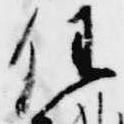
任